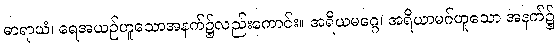
ဓာရာယံ၊ ရေအယဉ်ဟူသောအနက်၌လည်းကောင်း။ အရိယမဂ္ဂေ၊ အရိယာမဂ်ဟူသော အနက်၌